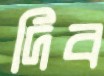
দিব